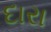
દારા